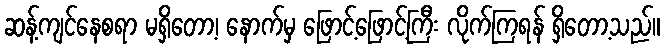
ဆန့်ကျင်နေစရာ မရှိတော့၊ နောက်မှ ဖြောင့်ဖြောင့်ကြီး လိုက်ကြရန် ရှိတော့သည်။